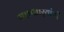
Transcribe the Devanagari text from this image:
सत्ताधार्‍यांची